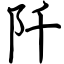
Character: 阡